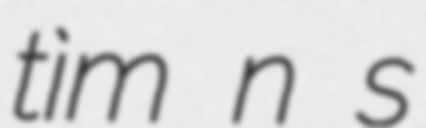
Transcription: tìm ẩn số